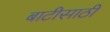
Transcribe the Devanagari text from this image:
बाटीसाठी